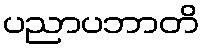
ပညာပဘာတိ